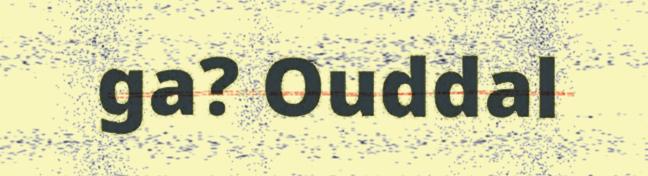
ga? Ouddal